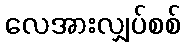
လေအားလျှပ်စစ်